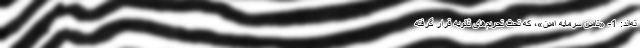
ته‌اند: 1- «تامین سرمایه امین»، که تحت تحریم‌های ثانویه قرار گرفته